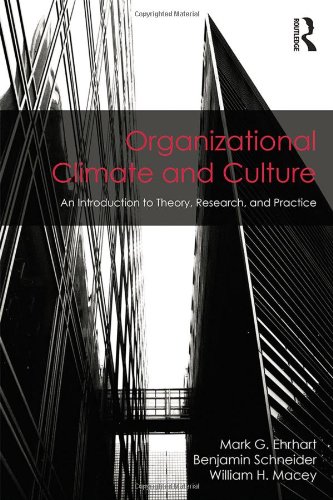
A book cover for Organizational Climate and Culture: An Introduction to Theory, Research, and Practice (Series in Organization and Management); Mark G. Ehrhart; Medical Books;